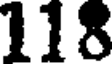
118